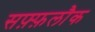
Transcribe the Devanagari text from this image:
सफ़्फ़लौक